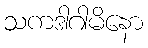
သကဒါဂါမိနော